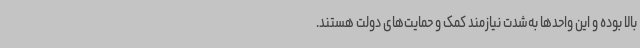
بالا بوده و این واحدها به‌شدت نیازمند کمک و حمایت‌های دولت هستند.